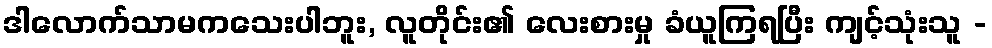
ဒါလောက်သာမကသေးပါဘူး, လူတိုင်း၏ လေးစားမှု ခံယူကြရပြီး ကျင့်သုံးသူ -